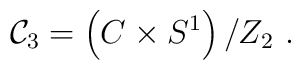
{\cal C}_3 = \left(C \times S^1 \right)/ Z_2 \ .